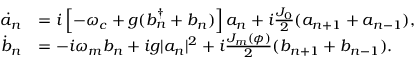
\begin{array} { r l } { \dot { a } _ { n } } & { = i \left[ - \omega _ { c } + g ( b _ { n } ^ { \dagger } + b _ { n } ) \right] a _ { n } + i \frac { J _ { 0 } } { 2 } ( a _ { n + 1 } + a _ { n - 1 } ) , } \\ { \dot { b } _ { n } } & { = - i \omega _ { m } b _ { n } + i g | a _ { n } | ^ { 2 } + i \frac { J _ { m } ( \phi ) } { 2 } ( b _ { n + 1 } + b _ { n - 1 } ) . } \end{array}